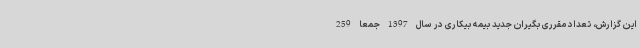
این گزارش، تعداد مقرری بگیران جدید بیمه بیکاری در سال 1397 جمعا 259